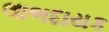
લાભદાયક